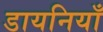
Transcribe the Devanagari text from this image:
डायनियाँ